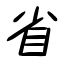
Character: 省